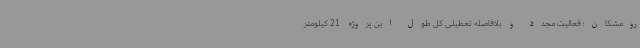
رومشکان؛ فعالیت مجدد و بلافاصله تعطیلی کل طول این پروژه 21 کیلومتر